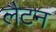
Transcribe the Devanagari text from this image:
लैटन